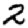
Digit: 2